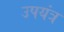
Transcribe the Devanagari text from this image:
उपयंत्र